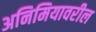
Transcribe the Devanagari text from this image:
अनिमियावरील